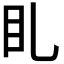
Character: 𥃤